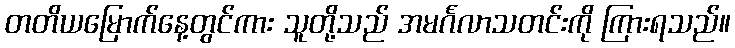
တတိယမြောက်နေ့တွင်ကား သူတို့သည် အမင်္ဂလာသတင်းကို ကြားရသည်။